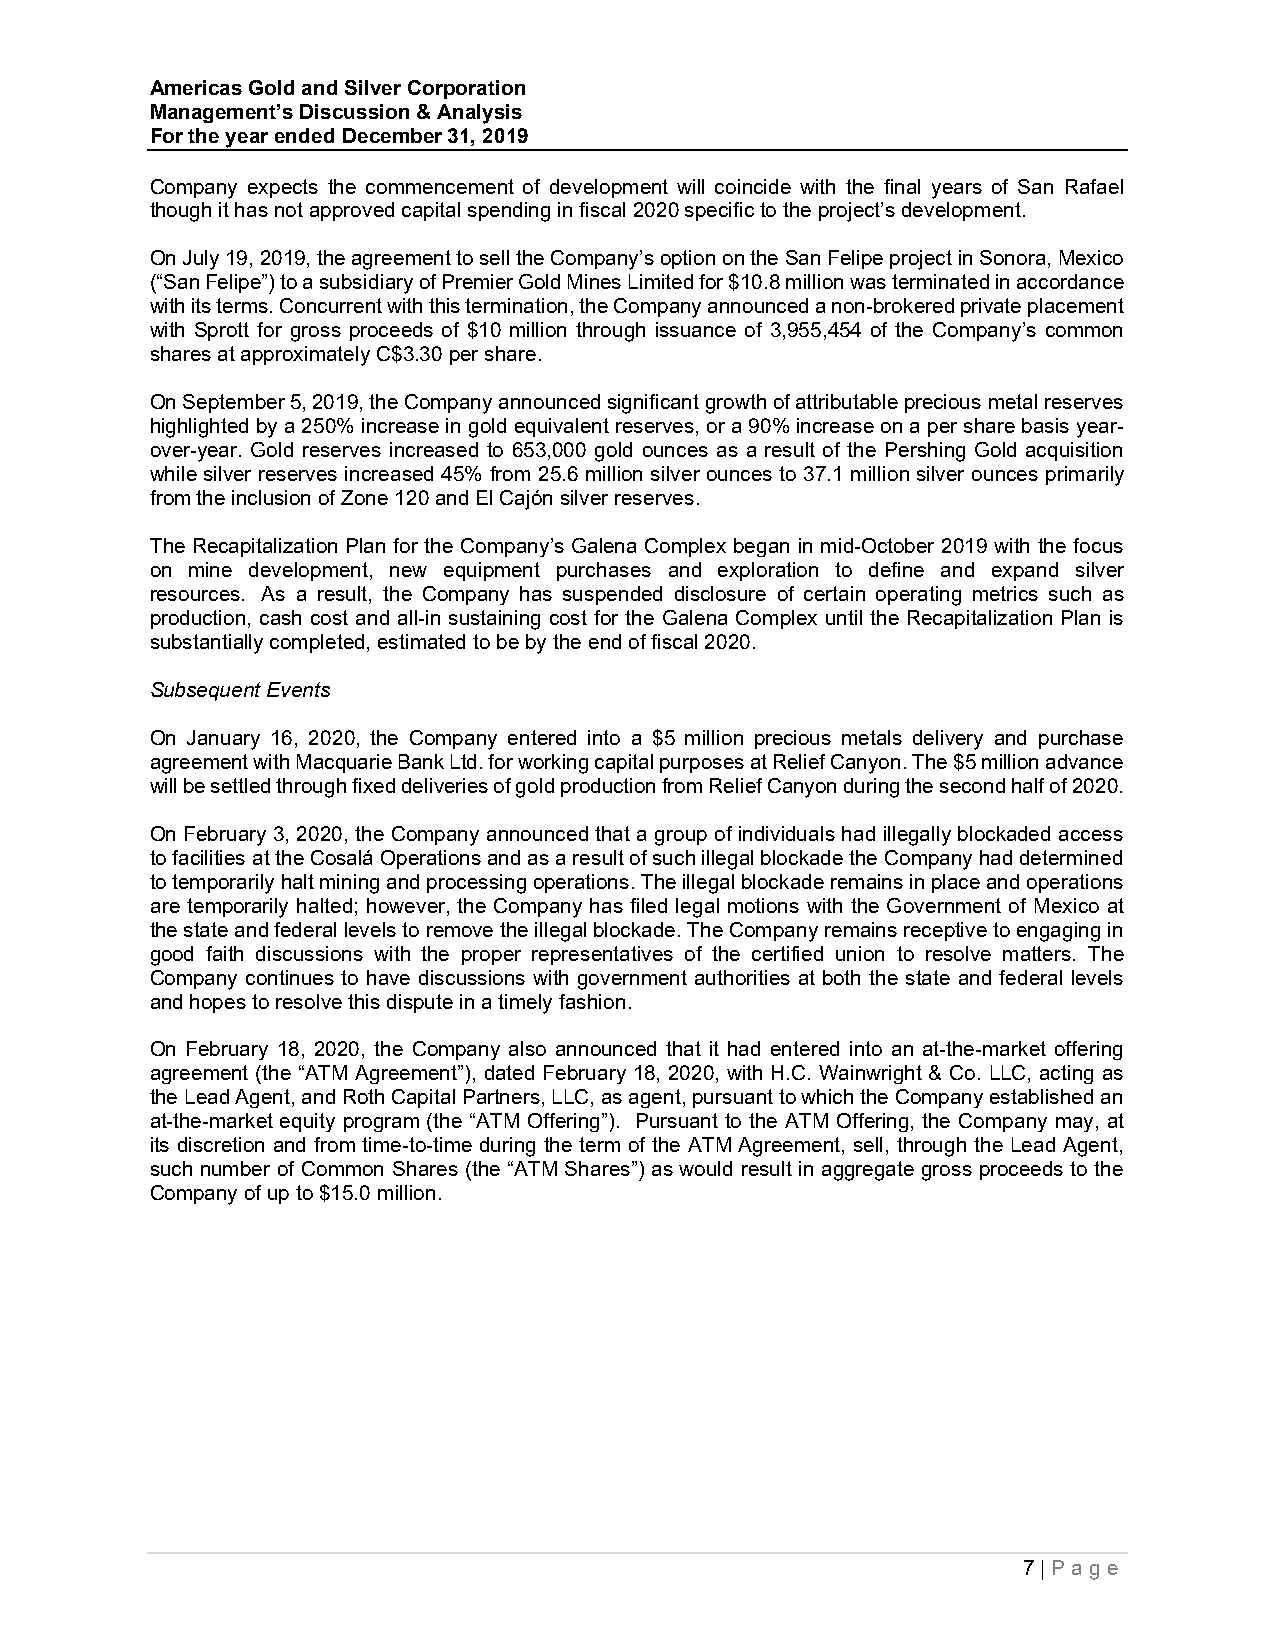
Americas Gold and Silver Corporation
 Management’s Discussion & Analysis
 For the year ended December 31, 2019
 Company expects the commencement of development will coincide with the final years of San Rafael
 though it has not approved capital spending in fiscal 2020 specific to the project’s development.
 On July 19, 2019, the agreement to sell the Company’s option on the San Felipe project in Sonora, Mexico
 (“San Felipe”) to a subsidiary of Premier Gold Mines Limited for $10.8 million was terminated in accordance
 with its terms. Concurrent with this termination, the Company announced a non-brokered private placement
 with Sprott for gross proceeds of $10 million through issuance of 3,955,454 of the Company’s common
 shares at approximately C$3.30 per share.
 On September 5, 2019, the Company announced significant growth of attributable precious metal reserves
 highlighted by a 250% increase in gold equivalent reserves, or a 90% increase on a per share basis year-
 over-year. Gold reserves increased to 653,000 gold ounces as a result of the Pershing Gold acquisition
 while silver reserves increased 45% from 25.6 million silver ounces to 37.1 million silver ounces primarily
 from the inclusion of Zone 120 and El Cajón silver reserves.
 The Recapitalization Plan for the Company’s Galena Complex began in mid-October 2019 with the focus
 on mine development, new equipment purchases and exploration to define and expand silver
 resources. As a result, the Company has suspended disclosure of certain operating metrics such as
 production, cash cost and all-in sustaining cost for the Galena Complex until the Recapitalization Plan is
 substantially completed, estimated to be by the end of fiscal 2020.
 Subsequent Events
 On January 16, 2020, the Company entered into a $5 million precious metals delivery and purchase
 agreement with Macquarie Bank Ltd. for working capital purposes at Relief Canyon. The $5 million advance
 will be settled through fixed deliveries of gold production from Relief Canyon during the second half of 2020.
 On February 3, 2020, the Company announced that a group of individuals had illegally blockaded access
 to facilities at the Cosalá Operations and as a result of such illegal blockade the Company had determined
 to temporarily halt mining and processing operations. The illegal blockade remains in place and operations
 are temporarily halted; however, the Company has filed legal motions with the Government of Mexico at
 the state and federal levels to remove the illegal blockade. The Company remains receptive to engaging in
 good faith discussions with the proper representatives of the certified union to resolve matters. The
 Company continues to have discussions with government authorities at both the state and federal levels
 and hopes to resolve this dispute in a timely fashion.
 On February 18, 2020, the Company also announced that it had entered into an at-the-market offering
 agreement (the “ATM Agreement”), dated February 18, 2020, with H.C. Wainwright & Co. LLC, acting as
 the Lead Agent, and Roth Capital Partners, LLC, as agent, pursuant to which the Company established an
 at-the-market equity program (the “ATM Offering”). Pursuant to the ATM Offering, the Company may, at
 its discretion and from time-to-time during the term of the ATM Agreement, sell, through the Lead Agent,
 such number of Common Shares (the “ATM Shares”) as would result in aggregate gross proceeds to the
 Company of up to $15.0 million.
 7 | P a g e